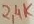
Text: 2,4K